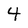
Character: 4